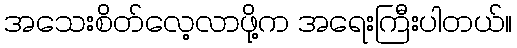
အသေးစိတ်လေ့လာဖို့က အရေးကြီးပါတယ်။